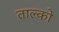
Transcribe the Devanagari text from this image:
ताल्को